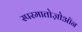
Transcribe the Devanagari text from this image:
स्परमातोज़ोऑन